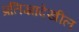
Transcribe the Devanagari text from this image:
प्रतिज्ञादेखील